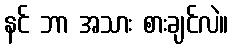
နင် ဘာ အသား စားချင်လဲ။